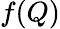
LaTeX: f(Q)